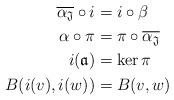
LaTeX: \begin{align*}\overline{\alpha_{\mathfrak J} }\circ i&=i\circ \beta \\\alpha\circ \pi&=\pi \circ \overline{\alpha_{\mathfrak J} }\\i(\mathfrak{a})&=\ker\pi \\B(i(v),i(w))&=B(v,w)\end{align*}